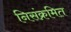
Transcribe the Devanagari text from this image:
निसंक्रमित